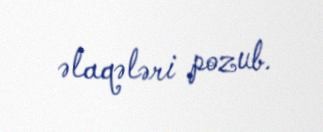
əlaqələri pozub.